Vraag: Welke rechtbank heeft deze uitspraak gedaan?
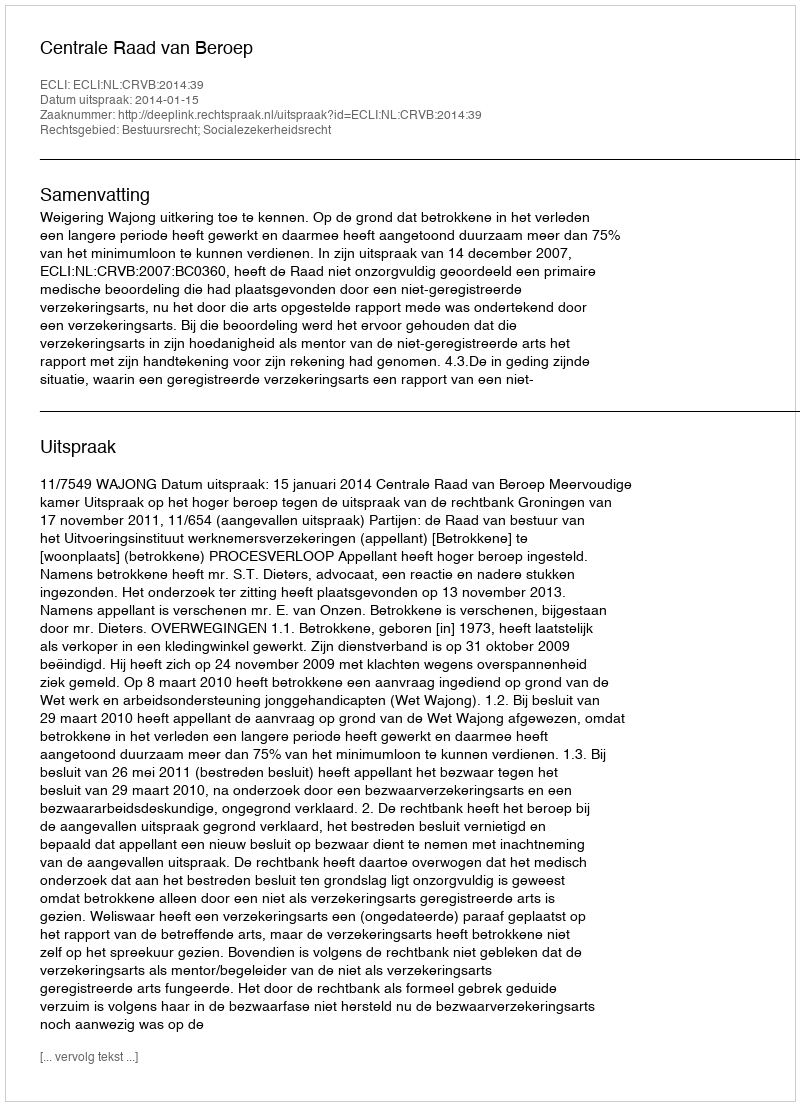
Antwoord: Centrale Raad van Beroep